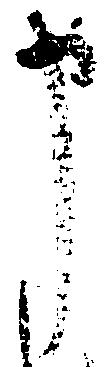
申